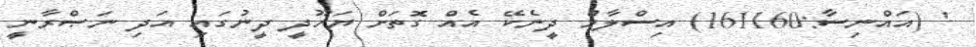
' (އައްނިސާ:161160) އިސްލާމް ދީނެކޭ އެއް ގޮތަށް ޔަހޫދީ ދީނުގައި އަދި ނަޞްރާނީ